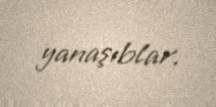
yanaşıblar.